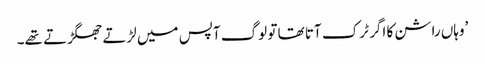
’وہاں راشن کا اگر ٹرک آتا تھا تو لوگ آپس میں لڑتے جھگڑتے تھے۔